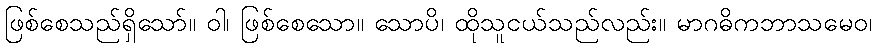
ဖြစ်စေသည်ရှိသော်။ ဝါ၊ ဖြစ်စေသော။ သောပိ၊ ထိုသူငယ်သည်လည်း။ မာဂဓိကဘာသမေဝ၊